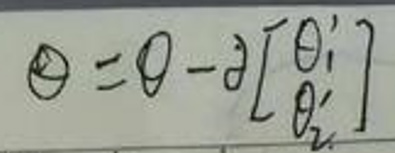
$\Theta=\theta - \alpha\begin{bmatrix}\theta_1'\\\theta_2'\end{bmatrix}$